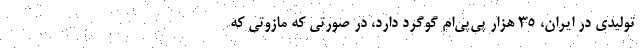
تولیدی در ایران، ۳۵ هزار پی‌پی‌ام گوگرد دارد، در صورتی که مازوتی که